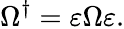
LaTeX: \Omega^{\dagger}=\varepsilon\Omega\varepsilon.